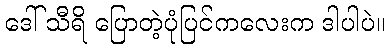
ဒေါ် သီရိ ပြောတဲ့ပုံပြင်ကလေးက ဒါပါပဲ။